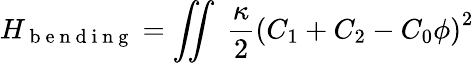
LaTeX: H_{\mathrm{~b~e~n~d~i~n~g~}}=\iint\; \frac{\kappa}{2}\left(C_{1}+C_{2}-C_{0}\phi\right)^{2}